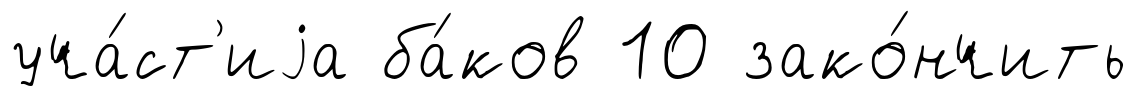
уча́ст'иjа ба́ков 10 зако́нчить